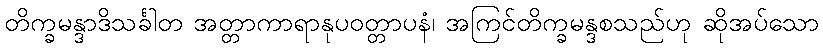
တိက္ခမန္ဒာဒိသင်္ခါတ အတ္တာကာရာနုပဝတ္တာပနံ၊ အကြင်တိက္ခမန္ဒစသည်ဟု ဆိုအပ်သော